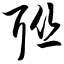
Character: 联